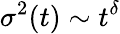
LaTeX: \sigma^{2}(t)\sim t^{\delta}